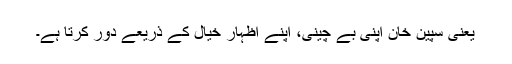
یعنی سپین خان اپنی بے چینی، اپنے اظہارِ خیال کے ذریعے دور کرتا ہے۔